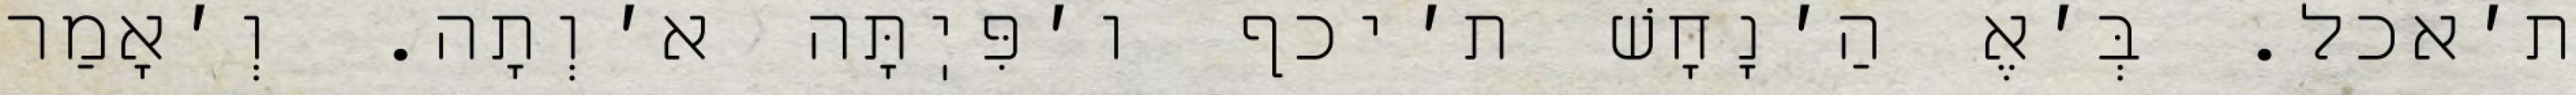
ת׳אכל. בְּ׳אֶ הַ׳נָחָשׁ ת׳יכף ו׳פִּיֽתָּה א׳וְתָה. וְ׳אָמַר